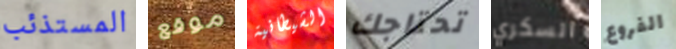
المستذئب موقع الشيطانية تحتاجك السكري الفروع